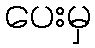
ပေးမှ